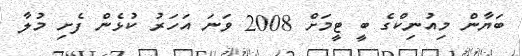
ބަޔާން މިއުނިކްގެ ބީ ޓީމަށް 2008 ވަނަ އަހަރު ކުޅެން ފެށި މުލާ